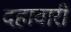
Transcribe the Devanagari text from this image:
दहावारी